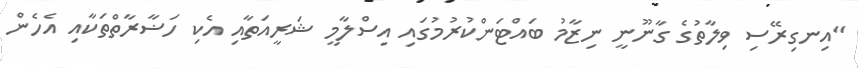
"އިނގިރޭސި ވިލާތުގެ ގާނޫނީ ނިޒާމު ބައްޓަންކުރުމުގައި އިސްލާމީ ޝަރީއަތާއި އެކި ހަޟާރާތްތަކާއި އެހެން